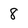
Character: 8